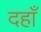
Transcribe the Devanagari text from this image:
दहाँ